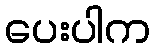
ပေးပါက